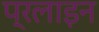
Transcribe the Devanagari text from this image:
प्रलाइन